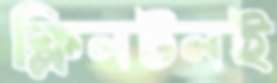
ক্লিনটনই